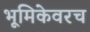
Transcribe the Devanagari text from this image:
भूमिकेवरच